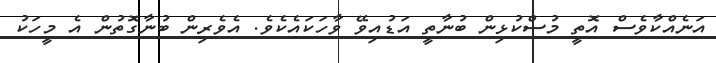
އަނެއްކާވެސް އޮތީ މުސްކުޅިިން ބުނާތީ އަޑުއިވޭ ވާހަކައެކެވެ. އެވެރިން ބުނާގޮތުން އެ މީހަކު